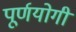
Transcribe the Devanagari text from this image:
पूर्णयोगी